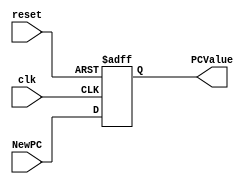
module PC_Register
#(
	parameter N = 32
)
(
	input clk,
	input reset,
	input  [N-1:0] NewPC,
	
	output reg [N-1:0] PCValue
);

always @ (negedge reset or posedge clk) begin
	if(reset == 0)
		PCValue <= 32'h0040_0000;
	else	
		PCValue <= NewPC;
end

endmodule
//pcreg//